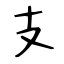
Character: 支